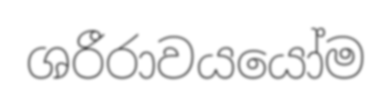
ශරීරාවයයෝම